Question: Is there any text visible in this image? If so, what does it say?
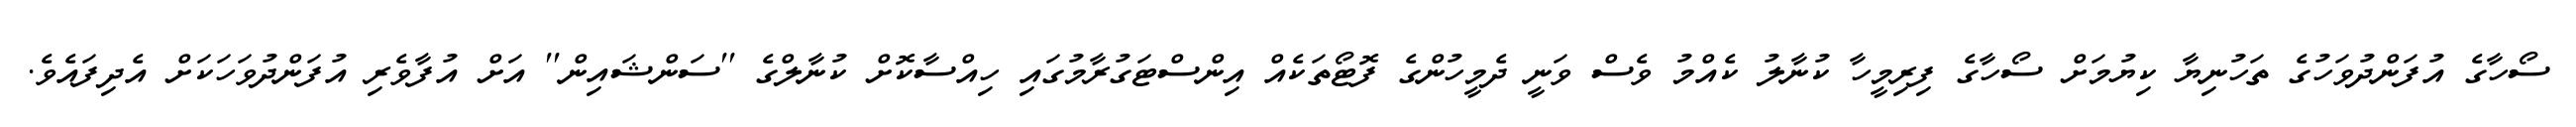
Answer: ސޯހާގެ އުފަންދުވަހުގެ ތަހުނިޔާ ކިޔުމަށް ސޯހާގެ ފިރިމީހާ ކުނާލު ކެއްމު ވެސް ވަނީ ދެމީހުންގެ ފޮޓޯތަކެއް އިންސްޓަގުރާމުގައި ހިއްސާކޮށް ކުނާލްގެ ''ސަންޝައިން'' އަށް އުފާވެރި އުފަންދުވަހަކަށް އެދިފައެވެ.